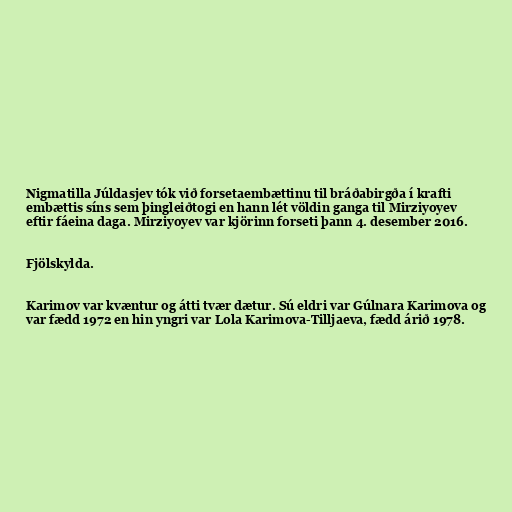
Nigmatilla Júldasjev tók við forsetaembættinu til bráðabirgða í krafti
embættis síns sem þingleiðtogi en hann lét völdin ganga til Mirziyoyev
eftir fáeina daga. Mirziyoyev var kjörinn forseti þann 4. desember 2016.

Fjölskylda.

Karimov var kvæntur og átti tvær dætur. Sú eldri var Gúlnara Karimova og
var fædd 1972 en hin yngri var Lola Karimova-Tilljaeva, fædd árið 1978.